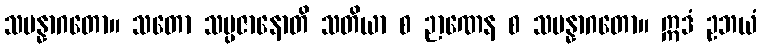
သမန္နာဂတော။ သတော သမ္ပဇာနောတိ သတိယာ စ ဉာဏေန စ သမန္နာဂတော။ ဣဒံ ဥဘယံ